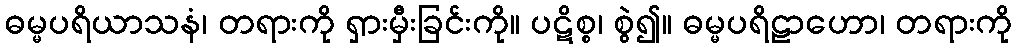
ဓမ္မပရိယာသနံ၊ တရားကို ရှားမှီးခြင်းကို။ ပဋိစ္စ၊ စွဲ၍။ ဓမ္မပရိဠာဟော၊ တရားကို